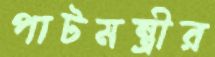
পাটমন্ত্রীর